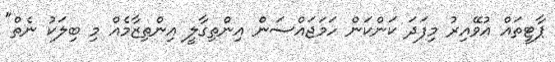
ޕާޓީތައް އުވޭއިރު މިފަދަ ކަންކަން ހަމަޖައްސަން އިންތިގާލީ އިންތިޒާމެއް މި ބިލަކު ނެތް"